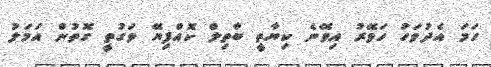
ހަމަ އެދުވަހު ހަވޭރު އިވޭނެ ކިޔާތީ ބާތިލް ކޮއްފިޔޭ ވަގުތީ ގޮތުން އަމަލު